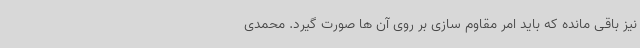
نیز باقی مانده که باید امر مقاوم سازی بر روی آن ها صورت گیرد. محمدی